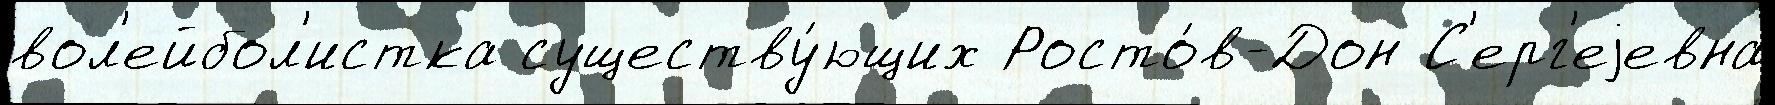
вол'ейбол'истка существу́ющих Росто́в-Дон С'ерг'еjевна